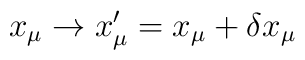
x_{\mu} \rightarrow x'_{\mu} = x_{\mu} + \delta x_{\mu}